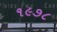
૧૯૭૮